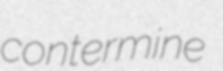
contermine